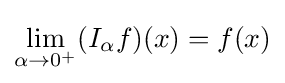
\lim _{\alpha \to 0^{+}}(I_{\alpha }f)(x)=f(x)